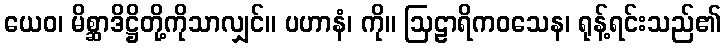
ယေဝ၊ မိစ္ဆာဒိဋ္ဌိတို့ကိုသာလျှင်။ ပဟာနံ၊ ကို။ ဩဠာရိကဝသေန၊ ရုန့်ရင်းသည်၏